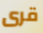
قرى